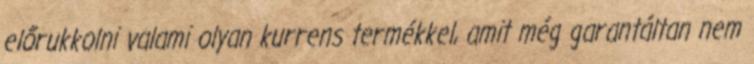
előrukkolni valami olyan kurrens termékkel, amit még garantáltan nem